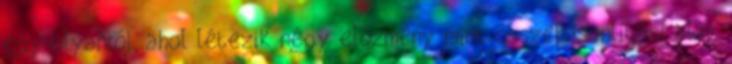
egy olyanról, ahol létezik négy előzmény mint összehasonlítási alap,